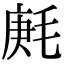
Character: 𣮒